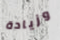
وزيادة